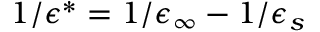
1 / \epsilon ^ { * } = 1 / \epsilon _ { \infty } - 1 / \epsilon _ { s }